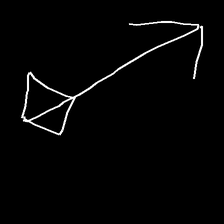
Glyph: focus